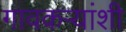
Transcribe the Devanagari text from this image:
गावकऱ्यांशी